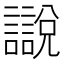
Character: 𧭚